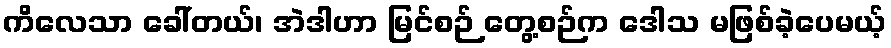
ကိလေသာ ခေါ်တယ်၊ အဲဒါဟာ မြင်စဉ် တွေ့စဉ်က ဒေါသ မဖြစ်ခဲ့ပေမယ့်